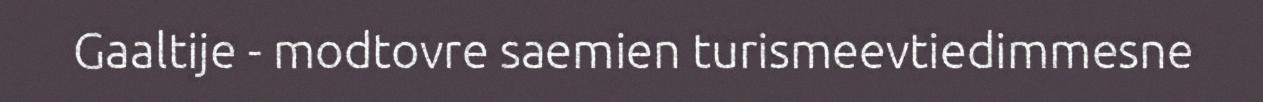
Gaaltije - modtovre saemien turismeevtiedimmesne